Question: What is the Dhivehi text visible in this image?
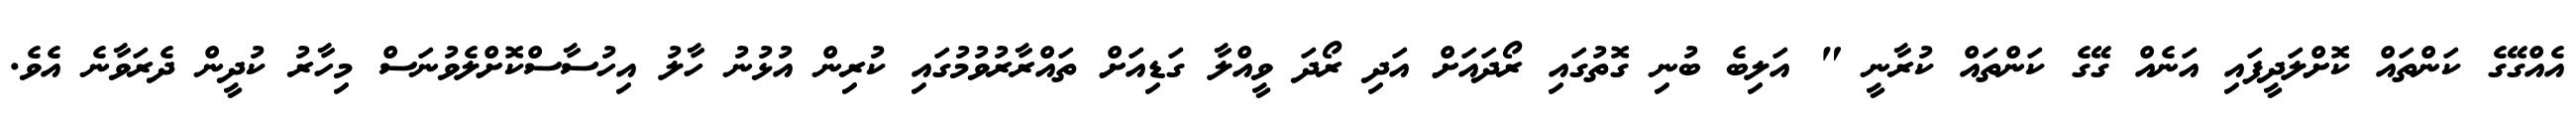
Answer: އެއްގޭގެ ކަންތައް ކޮށްލަދީފައި އަނެއް ގޭގެ ކަންތައް ކުރާނީ " އަލިބެ ބުނި ގޮތުގައި ރޯދައަށް އަދި ރޯދަ ވީއްލާ ގަޑިއަށް ތައްރާރުވުމުގައި ކުރިން އުޅުނު ހާލު އިހުސާސްކޮށްލެވުނަސް މިހާރު ކުދީން ދެރަވާނެ އެވެ.